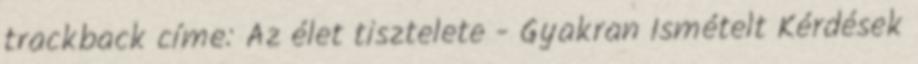
trackback címe: Az élet tisztelete - Gyakran Ismételt Kérdések